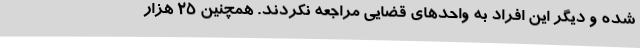
شده و دیگر این افراد به واحدهای قضایی مراجعه نکردند. همچنین 25 هزار